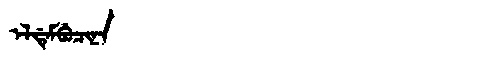
Manchu: ᡝᠯᡩᡝᠮᠪᡠᠴᡳᠨᠠ
Romanization: ELDEMBUCINA